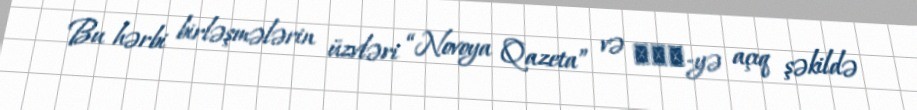
Bu hərbi birləşmələrin üzvləri “Novoya Qazeta” və ВВС-yə açıq şəkildə